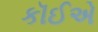
કૉઈએ